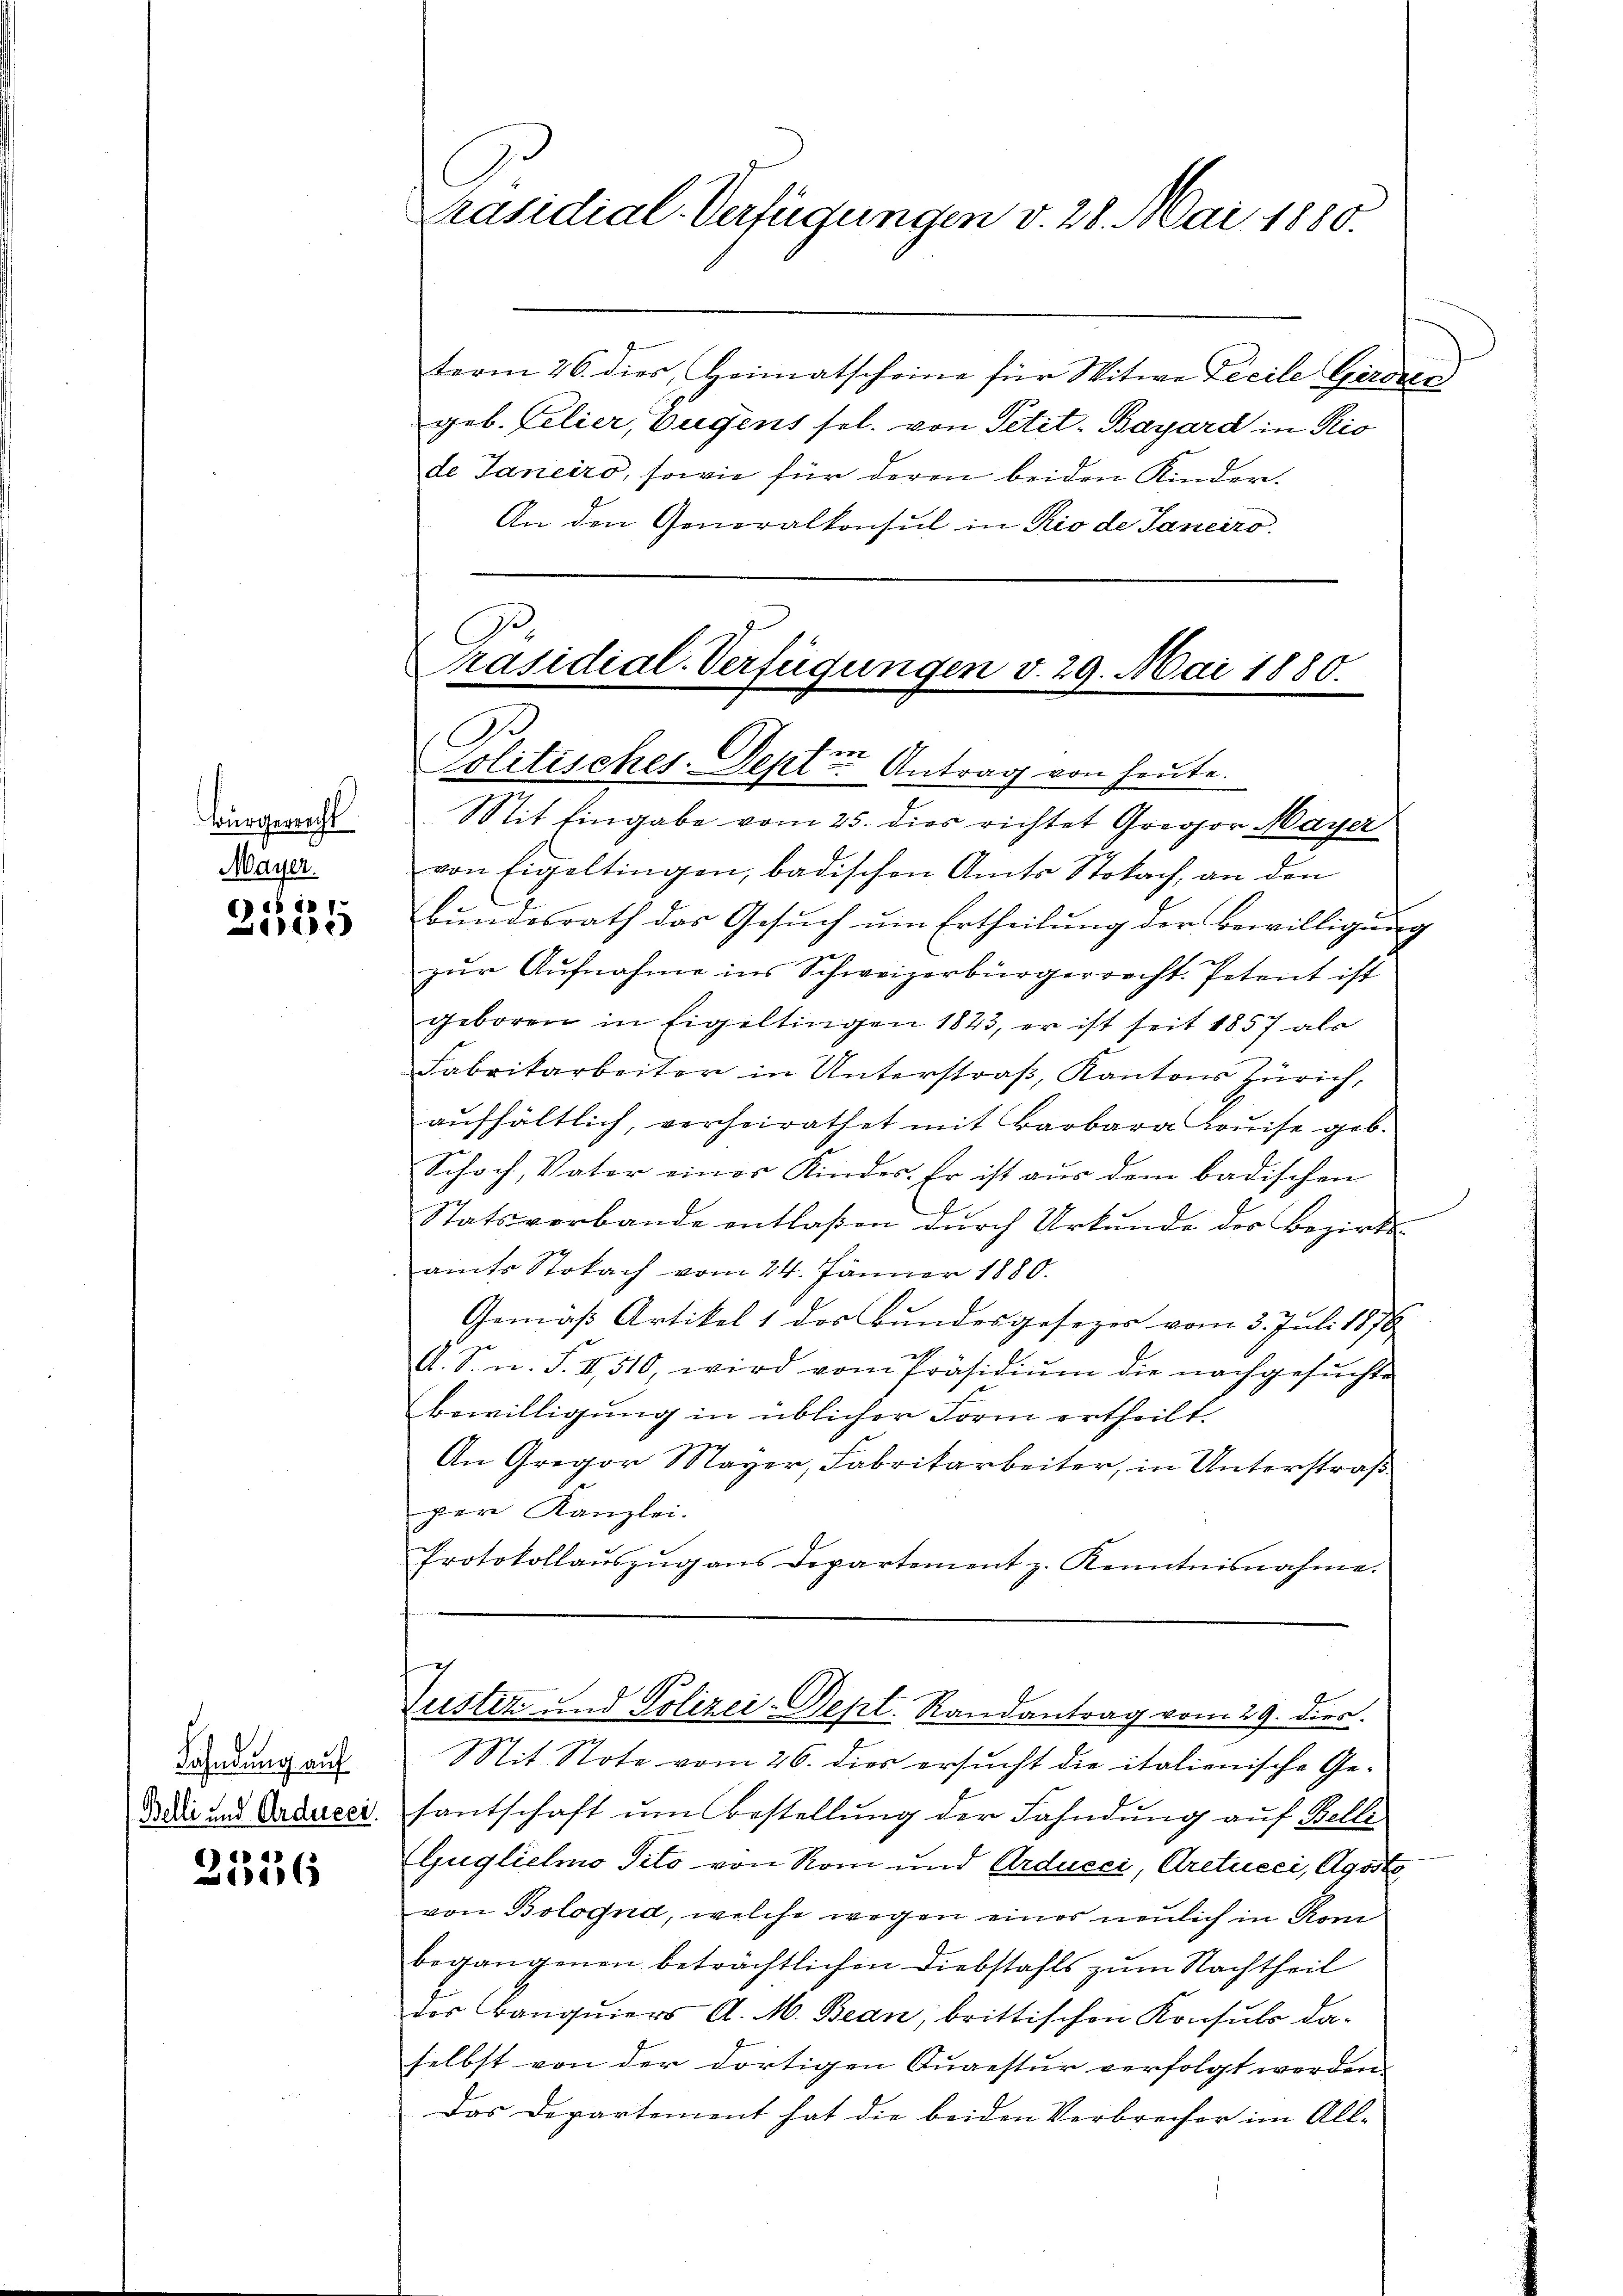
Bürgericht
Mayer.

() es ist
e

Fahndung auf
Belli und Ardeeei.

2556

Präsidial-Verfügungen v. 28. Mai 1880.

Präsidial-Verfügungen v. 29. Mai 1880.
A
Politisches. Septer Antrag von heute.

Mit Eingabe vom 25. dies richtet Gressor Mayer
von Eigeltingen, badischen Amts Stokach, an den
Bundesrath das Gesuch um Ertheilung der Bewilligung
t
zur Aufnahme ins Schweizerbürgerrecht. Petent ist
geboren in Eigeltingen 1823, er ist seit 1857 als
Fabrikarbeiter in Unterstraß, Kantons Zürich,
aufhältlich, verheirathet mit Barbara Luise geb.
Schoch, Vater eines Kindes. Er ist aus dem badischen
Statsverbande entlaßen durch Urkunde des Bezirks-
amts Stokach vom 24. Jänner 1880.
Gemäß Artikel 1 des Bundesgesezes vom 3. Juli 1876
s
s. S. n. F. II 510, wird vom Präsidiŭm die nachgesŭchte
Bewilligung in üblicher Form ertheilt.
An Gregor Mayer, Fabritarbeiter, in Unterstraß
per Kanzlei.
Protokollaŭszŭg ans Departement z. Kenntnisnahme.

term 26. dies, Heimatscheine für Witwe Lecile Gerdien
geb. Felier, Eugens sel. von Petit-Bayard in Rio
de Janeiro, sowie für deren beiden Kinder.
An den Generalkonsul in Rio de Janeiro

Justiz und Polizei-Dept. Randantrag vom 29. dies
Sit Note vom 26. dies ersucht die italienische Ge-

fantschaft um Bestellung der Fahndung auf Belle
Guglielmo Sito von Rom und Ardueci, Aretueci, Agoste
von Bologna, welche wegen eines neulich in Rom
begangenen beträchtlichen Diebstahls zum Nachtheil
der Banquiers A. M. Bean, brittischen Konsuls daselbst von der dortigen Augestur verfolgt werden
Das Departement hat die beiden Verbrecher im All-